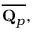
{ \overline { { \mathbf { Q } _ { p } } } } ,